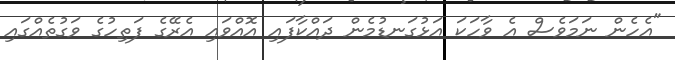
"އެހެން ނަމަވެސް އެ ވާހަކަ އަޅުގަނޑުމެން ދައްކާފައި އޮއްވައި އެރޭގެ ފަތިހުގެ ވަގުތެއްގައި